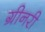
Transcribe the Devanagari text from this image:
ग्रीनरी